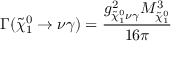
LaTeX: \Gamma ( \tilde { \chi } _ { 1 } ^ { 0 } \rightarrow \nu \gamma ) = \frac { g _ { { \tilde { \chi } _ { 1 } ^ { 0 } } \nu \gamma } ^ { 2 } M _ { \tilde { \chi } _ { 1 } ^ { 0 } } ^ { 3 } } { 1 6 \pi }